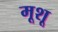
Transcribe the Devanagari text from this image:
मूशू